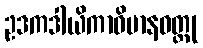
ဥဒကဒါယိကာဝိမာနဝတ္ထု